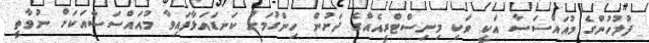
ފުލުހުންގެ މުއައްސަސާ އަކީ ވަކި މިނިސްޓްރީއެއްގެ ދަށުން ހިންގުމަށް ކަނޑައަޅާފައިވާ މުއައްސަސާއަކަށް ނުވާތީ